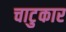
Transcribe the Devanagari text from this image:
चाटुकार